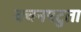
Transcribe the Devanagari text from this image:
वचनपटुता